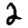
Digit: 2